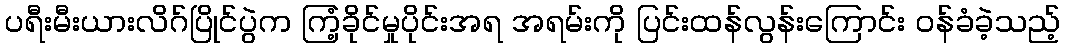
ပရီးမီးယားလိဂ်ပြိုင်ပွဲက ကြံ့ခိုင်မှုပိုင်းအရ အရမ်းကို ပြင်းထန်လွန်းကြောင်း ဝန်ခံခဲ့သည့်